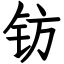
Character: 钫